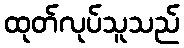
ထုတ်လုပ်သူသည်